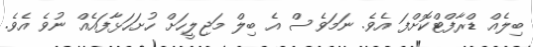
ބިލެއް ޑްރާފްޓްކޮށްފަ އެވެ. ނަމަވެސް އެ ބިލް މަޖިލީހަށް ހުށަހަޅާފައެއް ނުވެ އެވެ.